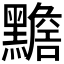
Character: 𪒧